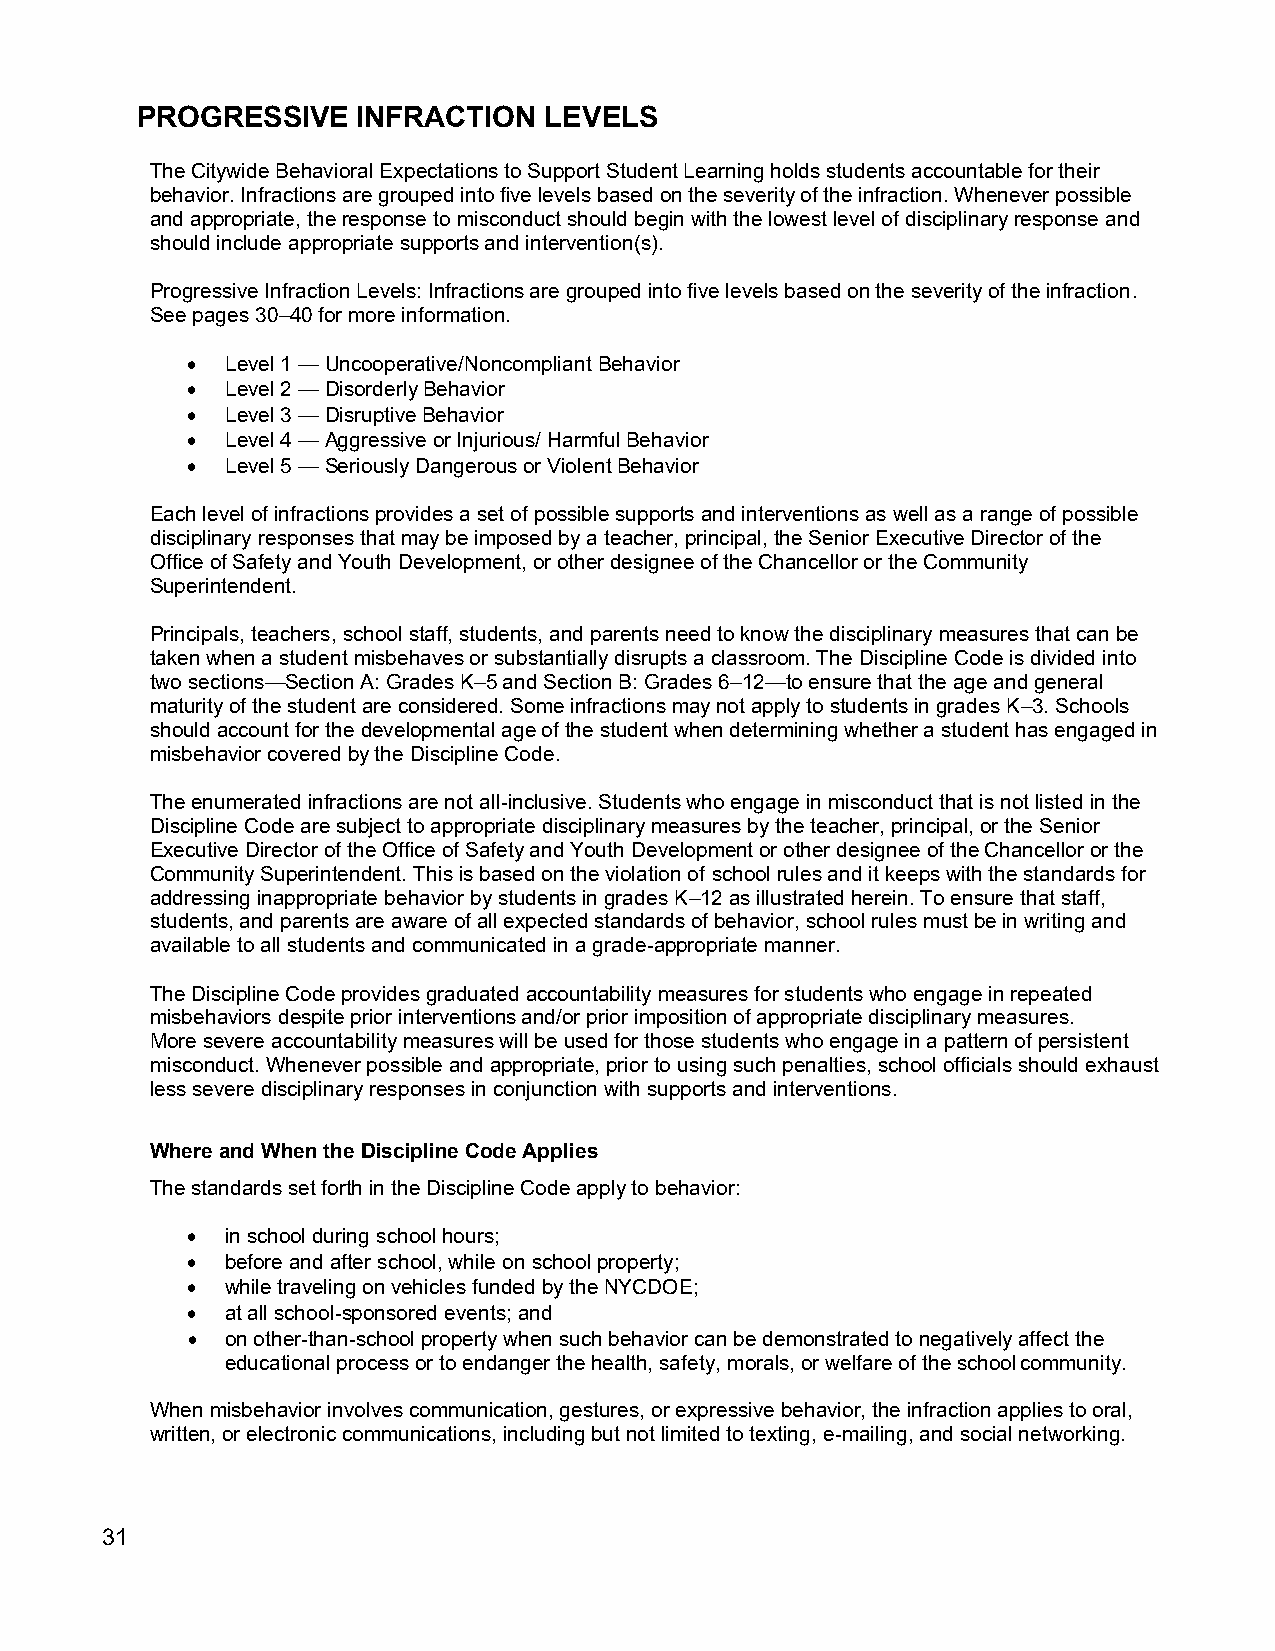
PROGRESSIVE    INFRACTION  LEVELS
 The Citywide Behavioral Expectations to Support Student Learning holds students accountable for their
 behavior. Infractions are grouped into five levels based on the severity of the infraction. Whenever possible
 and appropriate, the response to misconduct should begin with the lowest level of disciplinary response and
 should include appropriate supports and intervention(s).
 Progressive Infraction Levels: Infractions are grouped into five levels based on the severity of the infraction.
 See pages 30–40 for more information.
 •  Level 1 — Uncooperative/Noncompliant Behavior
 •  Level 2 — Disorderly Behavior
 •  Level 3 — Disruptive Behavior
 •  Level 4 — Aggressive or Injurious/ Harmful Behavior
 •  Level 5 — Seriously Dangerous or Violent Behavior
 Each level of infractions provides a set of possible supports and interventions as well as a range of possible
 disciplinary responses that may be imposed by a teacher, principal, the Senior Executive Director of the
 Office of Safety and Youth Development, or other designee of the Chancellor or the Community
 Superintendent.
 Principals, teachers, school staff, students, and parents need to know the disciplinary measures that can be
 taken when a student misbehaves or substantially disrupts a classroom. The Discipline Code is divided into
 two sections—Section A: Grades K–5 and Section B: Grades 6–12—to ensure that the age and general
 maturity of the student are considered. Some infractions may not apply to students in grades K–3. Schools
 should account for the developmental age of the student when determining whether a student has engaged in
 misbehavior covered by the Discipline Code.
 The enumerated infractions are not all-inclusive. Students who engage in misconduct that is not listed in the
 Discipline Code are subject to appropriate disciplinary measures by the teacher, principal, or the Senior
 Executive Director of the Office of Safety and Youth Development or other designee of the Chancellor or the
 Community Superintendent. This is based on the violation of school rules and it keeps with the standards for
 addressing inappropriate behavior by students in grades K–12 as illustrated herein. To ensure that staff,
 students, and parents are aware of all expected standards of behavior, school rules must be in writing and
 available to all students and communicated in a grade-appropriate manner.
 The Discipline Code provides graduated accountability measures for students who engage in repeated
 misbehaviors despite prior interventions and/or prior imposition of appropriate disciplinary measures.
 More severe accountability measures will be used for those students who engage in a pattern of persistent
 misconduct. Whenever possible and appropriate, prior to using such penalties, school officials should exhaust
 less severe disciplinary responses in conjunction with supports and interventions.
 Where and When the Discipline Code Applies
 The standards set forth in the Discipline Code apply to behavior:
 •  in school during school hours;
 •  before and after school, while on school property;
 •  while traveling on vehicles funded by the NYCDOE;
 •  at all school-sponsored events; and
 •  on other-than-school property when such behavior can be demonstrated to negatively affect the
 educational process or to endanger the health, safety, morals, or welfare of the school community.
 When misbehavior involves communication, gestures, or expressive behavior, the infraction applies to oral,
 written, or electronic communications, including but not limited to texting, e-mailing, and social networking.
 31